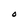
Character: O